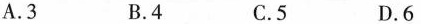
A.3 B.4 C.5 D.6